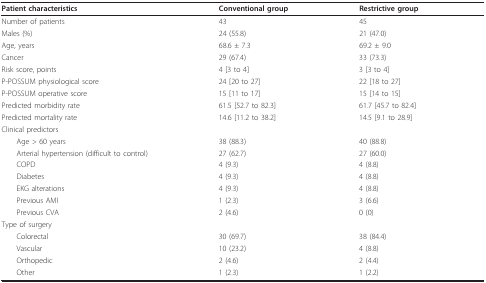
<table><thead><tr><td><b>Patient characteristics</b></td><td><b>Conventional group</b></td><td><b>Restrictive group</b></td></tr></thead><tbody><tr><td>Number of patients</td><td>43</td><td>45</td></tr><tr><td>Males (%)</td><td>24 (55.8)</td><td>21 (47.0)</td></tr><tr><td>Age, years</td><td>68.6 ± 7.3</td><td>69.2 ± 9.0</td></tr><tr><td>Cancer</td><td>29 (67.4)</td><td>33 (73.3)</td></tr><tr><td>Risk score, points</td><td>4 [3 to 4]</td><td>3 [3 to 4]</td></tr><tr><td>P-POSSUM physiological score</td><td>24 [20 to 27]</td><td>22 [18 to 27]</td></tr><tr><td>P-POSSUM operative score</td><td>15 [11 to 17]</td><td>15 [14 to 15]</td></tr><tr><td>Predicted morbidity rate</td><td>61.5 [52.7 to 82.3]</td><td>61.7 [45.7 to 82.4]</td></tr><tr><td>Predicted mortality rate</td><td>14.6 [11.2 to 38.2]</td><td>14.5 [9.1 to 28.9]</td></tr><tr><td>Clinical predictors</td><td></td><td></td></tr><tr><td> Age &gt; 60 years</td><td>38 (88.3)</td><td>40 (88.8)</td></tr><tr><td> Arterial hypertension (difficult to control)</td><td>27 (62.7)</td><td>27 (60.0)</td></tr><tr><td> COPD</td><td>4 (9.3)</td><td>4 (8.8)</td></tr><tr><td> Diabetes</td><td>4 (9.3)</td><td>4 (8.8)</td></tr><tr><td> EKG alterations</td><td>4 (9.3)</td><td>4 (8.8)</td></tr><tr><td> Previous AMI</td><td>1 (2.3)</td><td>3 (6.6)</td></tr><tr><td> Previous CVA</td><td>2 (4.6)</td><td>0 (0)</td></tr><tr><td>Type of surgery</td><td></td><td></td></tr><tr><td> Colorectal</td><td>30 (69.7)</td><td>38 (84.4)</td></tr><tr><td> Vascular</td><td>10 (23.2)</td><td>4 (8.8)</td></tr><tr><td> Orthopedic</td><td>2 (4.6)</td><td>2 (4.4)</td></tr><tr><td> Other</td><td>1 (2.3)</td><td>1 (2.2)</td></tr></tbody></table>